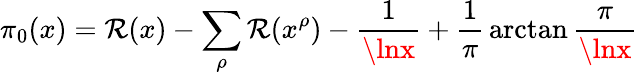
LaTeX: \pi_{0}(x)=\operatorname{\mathcal{R}}(x)-\sum_{\rho}\operatorname{\mathcal{R}}(x^{\rho})-{\frac{{1}}{{\lnx}}}+{\frac{{1}}{{\pi}}}\arctan{\frac{{\pi}}{{\lnx}}}